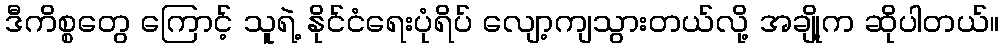
ဒီကိစ္စတွေ ကြောင့် သူရဲ့ နိုင်ငံရေးပုံရိပ် လျော့ကျသွားတယ်လို့ အချို့က ဆိုပါတယ်။